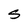
Character: S